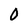
Character: 0